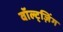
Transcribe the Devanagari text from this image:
वॉल्ट्ज़िंग